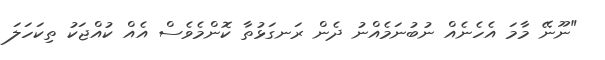
"ނޫނޭ މާމަ އެހެނެއް ނުބުނަމެއްނު ދެން ރަނގަޅުތާ ކޮންމެވެސް އެއް ކުއްޖަކު ތިކަހަލަ